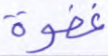
غفوة